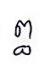
ព្ធ